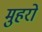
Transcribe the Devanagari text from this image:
मुहरो